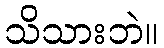
သိသားဘဲ။